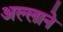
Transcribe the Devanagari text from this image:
अल्लाने